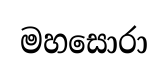
මහසොරා